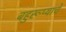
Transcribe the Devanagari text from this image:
बहुरूप्याचे